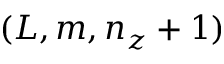
( L , m , n _ { z } + 1 )